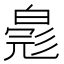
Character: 𬐐